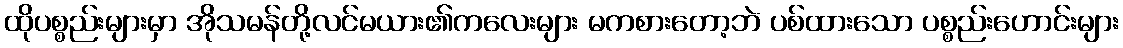
ထိုပစ္စည်းများမှာ အိုသမန်တို့လင်မယား၏ကလေးများ မကစားတော့ဘဲ ပစ်ထားသော ပစ္စည်းဟောင်းများ